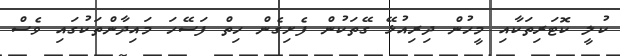
ކުލީ ކޮޓަރިތަކާއި މީހުން ދިރިއުޅޭ ގޭތަކުން ފެށިގެން ހިތް ފަސޭހަ މައިދާންތަކުގައި ވެސް